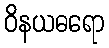
ဝိနယဓရော